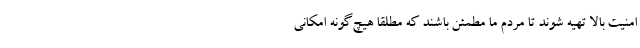
امنیت بالا تهیه شوند تا مردم ما مطمئن باشند که مطلقا هیچ‌گونه امکانی